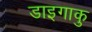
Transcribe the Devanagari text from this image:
डाइगाकु